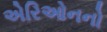
એરિઓનનો